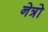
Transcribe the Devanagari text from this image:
नेत्रो